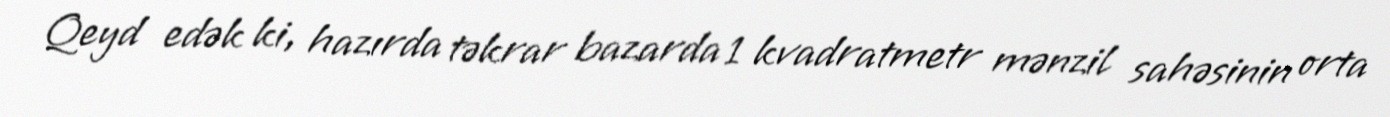
Qeyd edək ki, hazırda təkrar bazarda 1 kvadratmetr mənzil sahəsinin orta